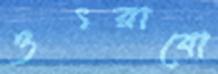
ওৎরাবো